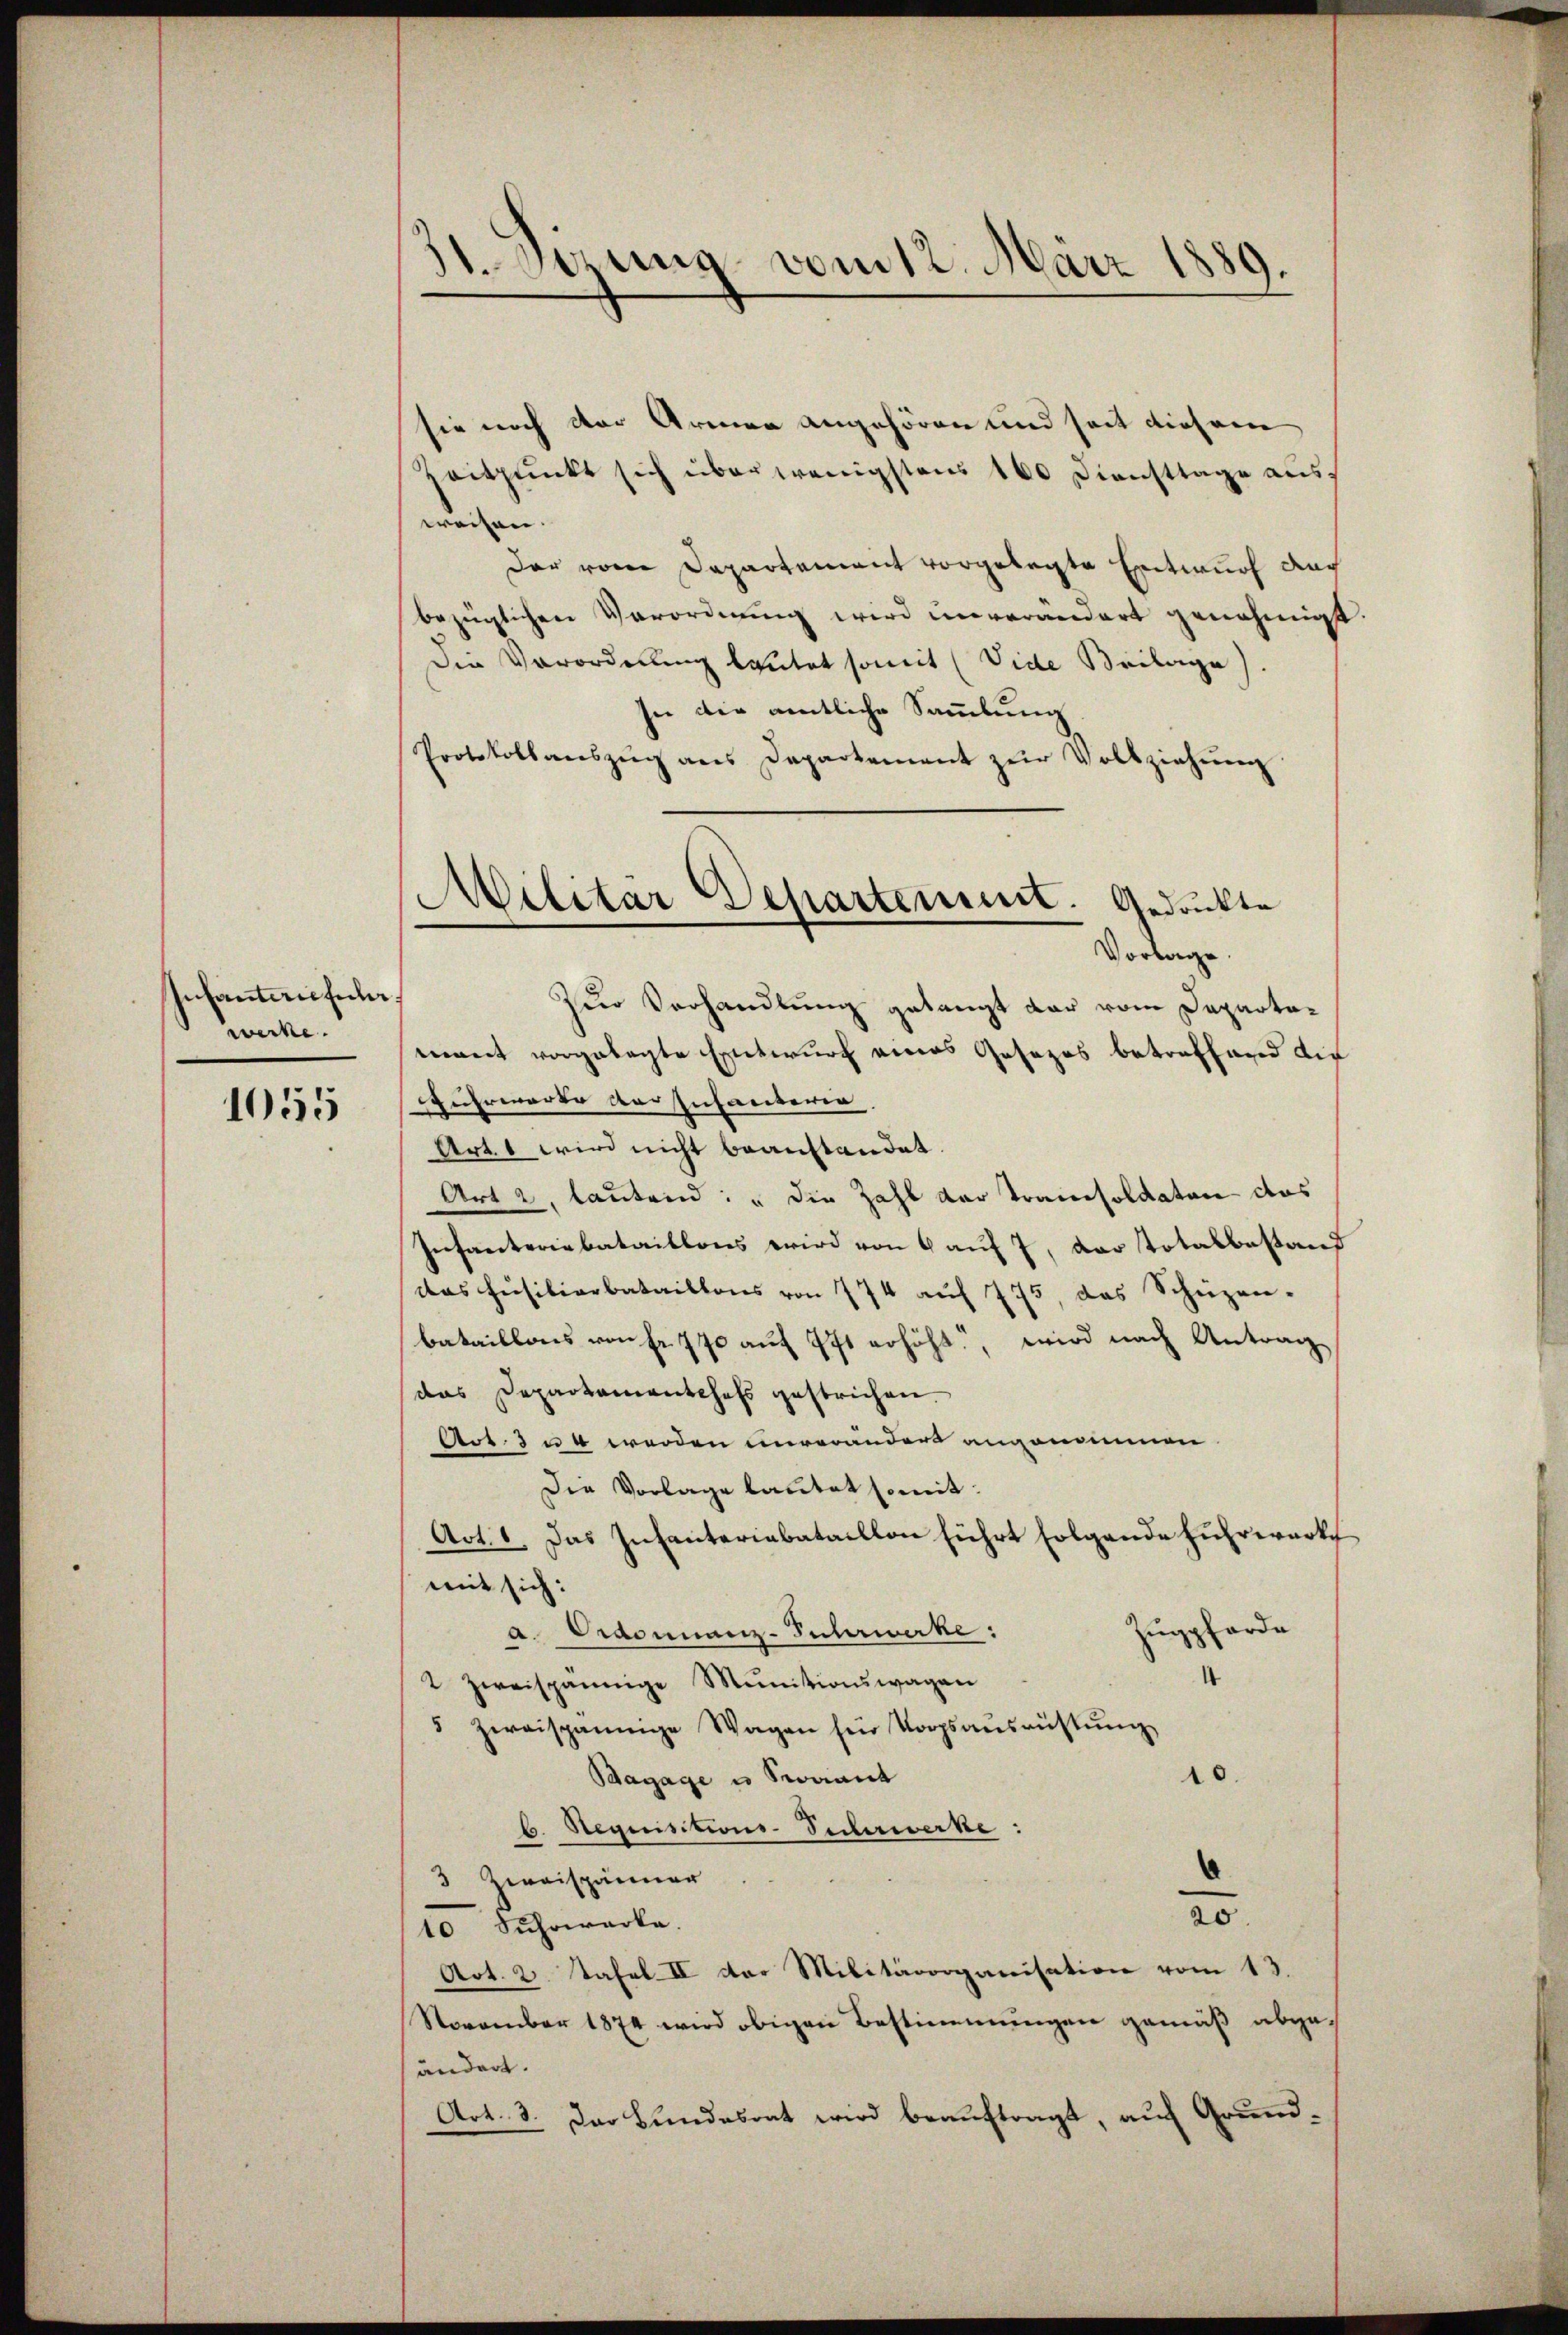
Infantarifeln
werke.

1055

dt. Sizung vom 12. März 1889.

sie noch der Armen angehören und seit diesem
Zeitpunkt sich über wenigstens 100 Diensttage ausweisen.
Der vom Departement vorgelegte Entwurf auch
bezüglichen Verordnung wird unverändert genehmigt.
Die Verordellung lautet somit (Vide Beilage).
sie die amtliche Sammlung
Protokollanszŭg ans Departement zŭr Vollziehung
zur Verhandlung gelangt dar vom Departewant vorgelegte Entwurf eines Gesezes betreffend die
Fuhrwarte der Infanterer
Art. 1 wird nicht beanstandet.
Art 2, lautend: „die Zahl der Tramisoldaten das
Infanteriebataillons wird von 6 auf 7, der Totalbestand
das Füsiliarbataillons von 774 aŭf 775, das Schüzen-
bataillons von Fr. 770 aŭf 771 erhöht, wird nach Antrag
das Departamentchefs gestrichen.
Act. 3 u 4 werden unverändert angenommen
Die Vorlage lautet somit:
Act. 1. Das Infanteriabataillon führt folgende Fuhrwerks
mit sich:
Zugpforde
a. Ordonnanz-Suhrwerke:
4
2 zweispännige Munitionswagen
5 zweispännige Wagen für Vorpsaŭsrüstung
d
Bagage u Saant
b. Requisitions-Scchrwerke:
3 Zweispänner
20
Fuhrwerke.
Art. 2. Tafel II der Militärorganisation vom 13.
November 1874 wird obigen Bestimmungen gemäß abgeändert.
Art. 3. Der Bundesrat wird beauftragt, auf Grund¬

Militär Departement. Gedrukte
Vorlage.